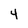
Character: 4